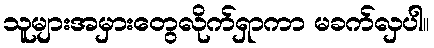
သူများအမှားတွေလိုက်ရှာကာ မခက်လှပါ။